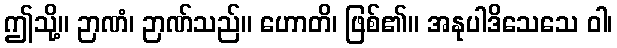
ဤသို့။ ဉာဏံ၊ ဉာဏ်သည်။ ဟောတိ၊ ဖြစ်၏။ အနုပါဒိသေသေ ဝါ၊